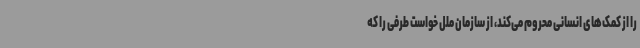
را از کمک‌های انسانی محروم می‌کند، از سازمان ملل خواست طرفی را که